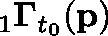
{ } _ { 1 } \mathbf { \Gamma } _ { t _ { 0 } } ( \mathbf { p } )